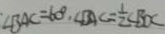
\angle B A C = 6 0 ^ { \circ } , \angle B A C = \frac { 1 } { 2 } \angle B O C